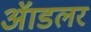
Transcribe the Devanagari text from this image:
ॲाडलर